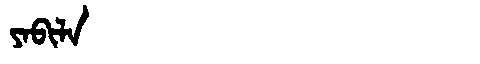
Manchu: ᠶᠠᠪᡳᠯᠠ
Romanization: YABILA